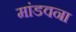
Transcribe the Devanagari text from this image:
मांडवना